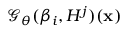
\mathcal { G } _ { \theta } ( \beta _ { i } , H ^ { j } ) ( \mathbf { x } )